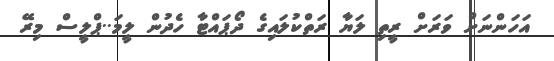
އަހަންނަށް ވަރަށް ރީތި ލަޔާ ރަތްކުލައިގެ ދޯޕައްޓާ ހެދުން ލީމަ..ޕްލީސް މިރޭ